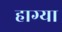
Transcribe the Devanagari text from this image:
हाग्या